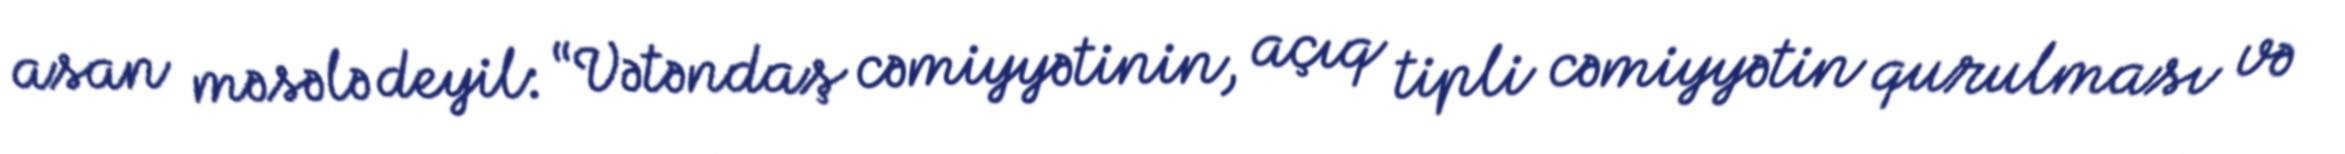
asan məsələ deyil: “Vətəndaş cəmiyyətinin, açıq tipli cəmiyyətin qurulması və